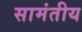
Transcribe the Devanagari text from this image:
सामंतीय